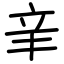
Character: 𨐌